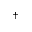
^ \dag { }